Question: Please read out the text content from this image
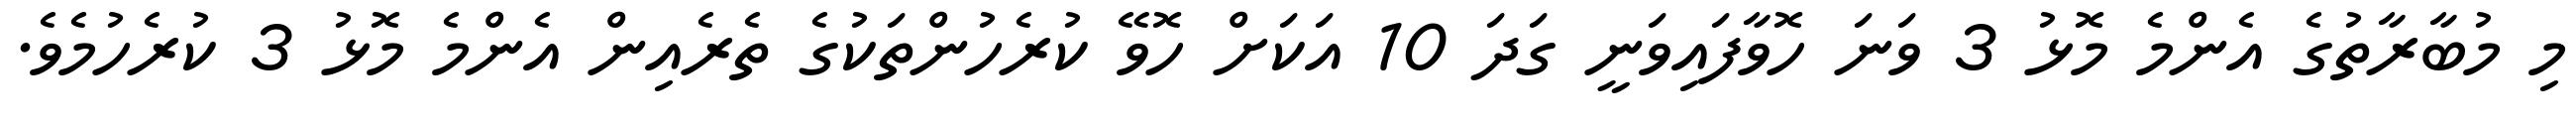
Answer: މި މުބާރާތުގެ އެންމެ މޮޅު 3 ވަނަ ހޮވާފައިވަނީ ގަދަ 10 އަކަށް ހޮވޭ ކުރެހުންތަކުގެ ތެރެއިން އެންމެ މޮޅު 3 ކުރެހުމެވެ.